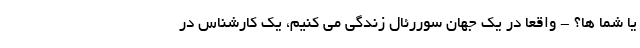
یا شما ها؟ - واقعا در یک جهان سوررئال زندگی می کنیم، یک کارشناس در